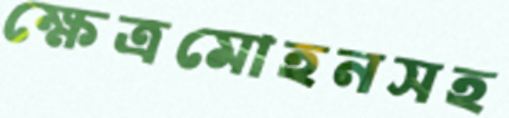
ক্ষেত্রমোহনসহ